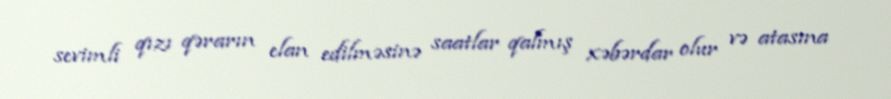
sevimli qızı qərarın elan edilməsinə saatlar qalmış xəbərdar olur və atasına